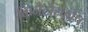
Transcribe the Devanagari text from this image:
किनैटोस्कोप